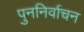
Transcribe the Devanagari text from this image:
पुननिर्वाचन